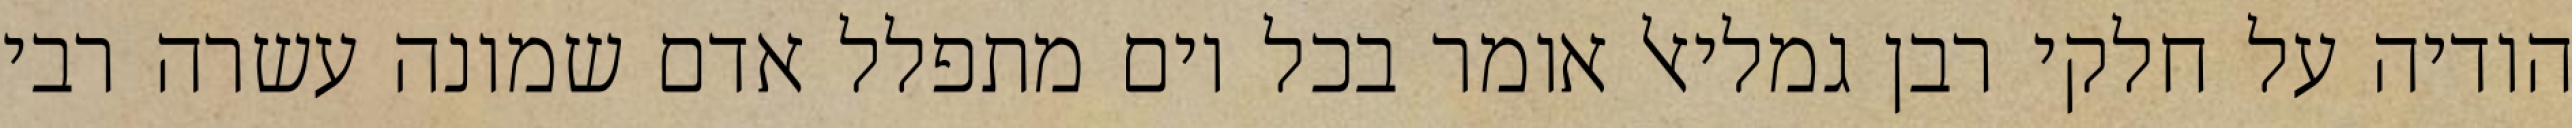
הודיה על חלקי רבן גמליאל אומר בכל יום מתפלל אדם שמונה עשרה רבי